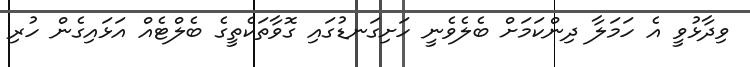
ވިދާޅުވީ އެ ހަމަލާ ދިންކަމަށް ބެލެވެނީ ހަށިގަނޑުގައި ގޮވާތަކެތީގެ ބެލްޓެއް އަޅައިގެން ހުރި